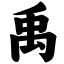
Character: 禹